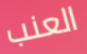
العنب